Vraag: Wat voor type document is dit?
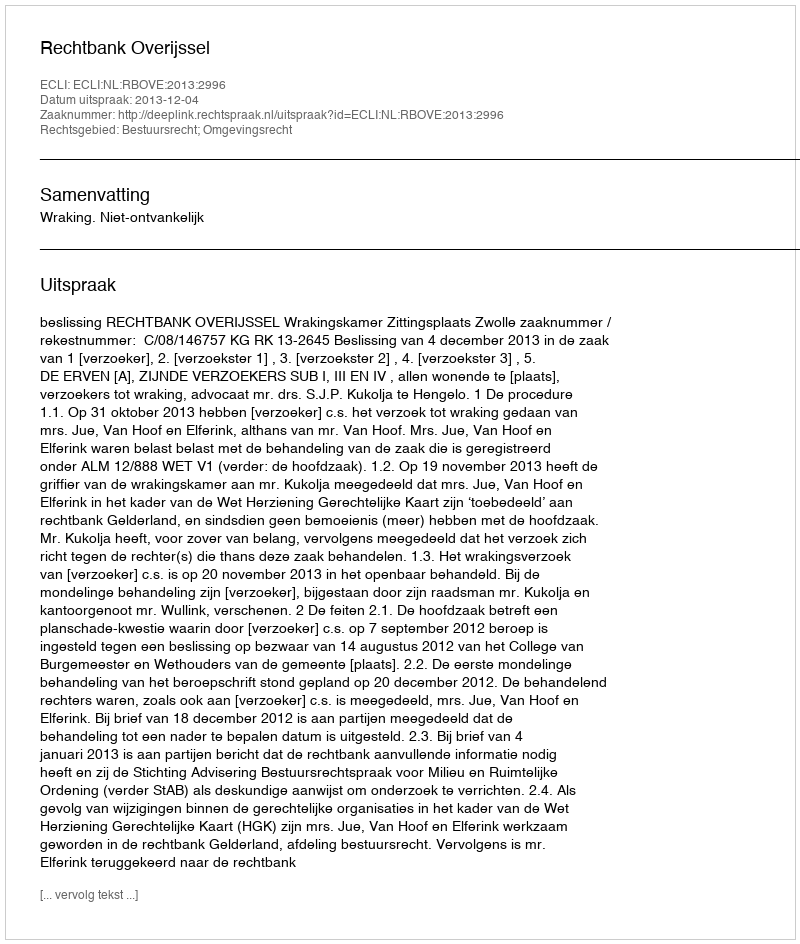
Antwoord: Uitspraak